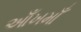
આઁખમાઁ